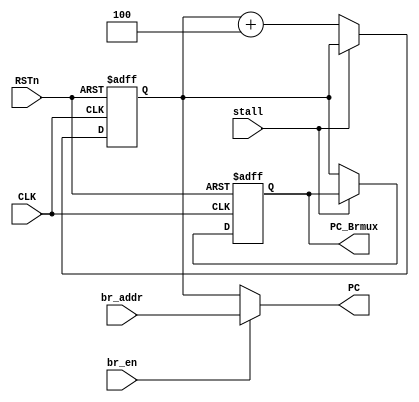
//**************Fetch instruction address*************//
module fetch(
	input 			CLK,
	input 			RSTn,
	input 			stall,
	input 			br_en,  //jump enable
	input  [31:0] 	br_addr,//jump address
	
	output [31:0] 	PC,     //final address
	output [31:0]   PC_Brmux
);

reg [31:0] PC_reg;//pc address
reg [31:0] PC_Brmux_reg;

always @(posedge CLK or negedge RSTn)
begin
	if (!RSTn) 
		begin
			PC_reg <= 0;
			PC_Brmux_reg <= 0;		
		end
	else  if (!stall)
		begin
			PC_reg <= PC_reg + 3'b100;
			PC_Brmux_reg <= PC_reg;	
		end
	else 
	 	begin
			PC_reg <= PC_reg;
		end
end

assign PC = br_en ? br_addr : PC_reg;
assign PC_Brmux = PC_Brmux_reg;

endmodule